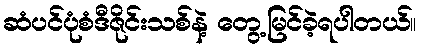
ဆံပင်ပုံစံဒီဇိုင်းသစ်နဲ့ တွေ့မြင်ခဲ့ရပါတယ်။